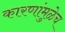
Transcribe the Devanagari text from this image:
कारणांमुळेच